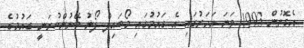
އެގޮތުން 1993 ވަނަ އަހަރުގައި އެ ގައުމުގައި މޯބައިލް ފޯނު ބޭނުންކުރަނީ ގައުމުގެ